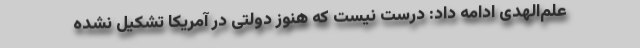
علم‌الهدی ادامه داد: درست نیست که هنوز دولتی در آمریکا تشکیل نشده